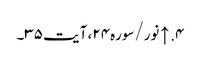
۴. ↑ نور/سوره۲۴، آیت ۳۵۔